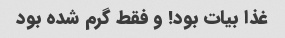
غذا بیات بود! و فقط گرم شده بود